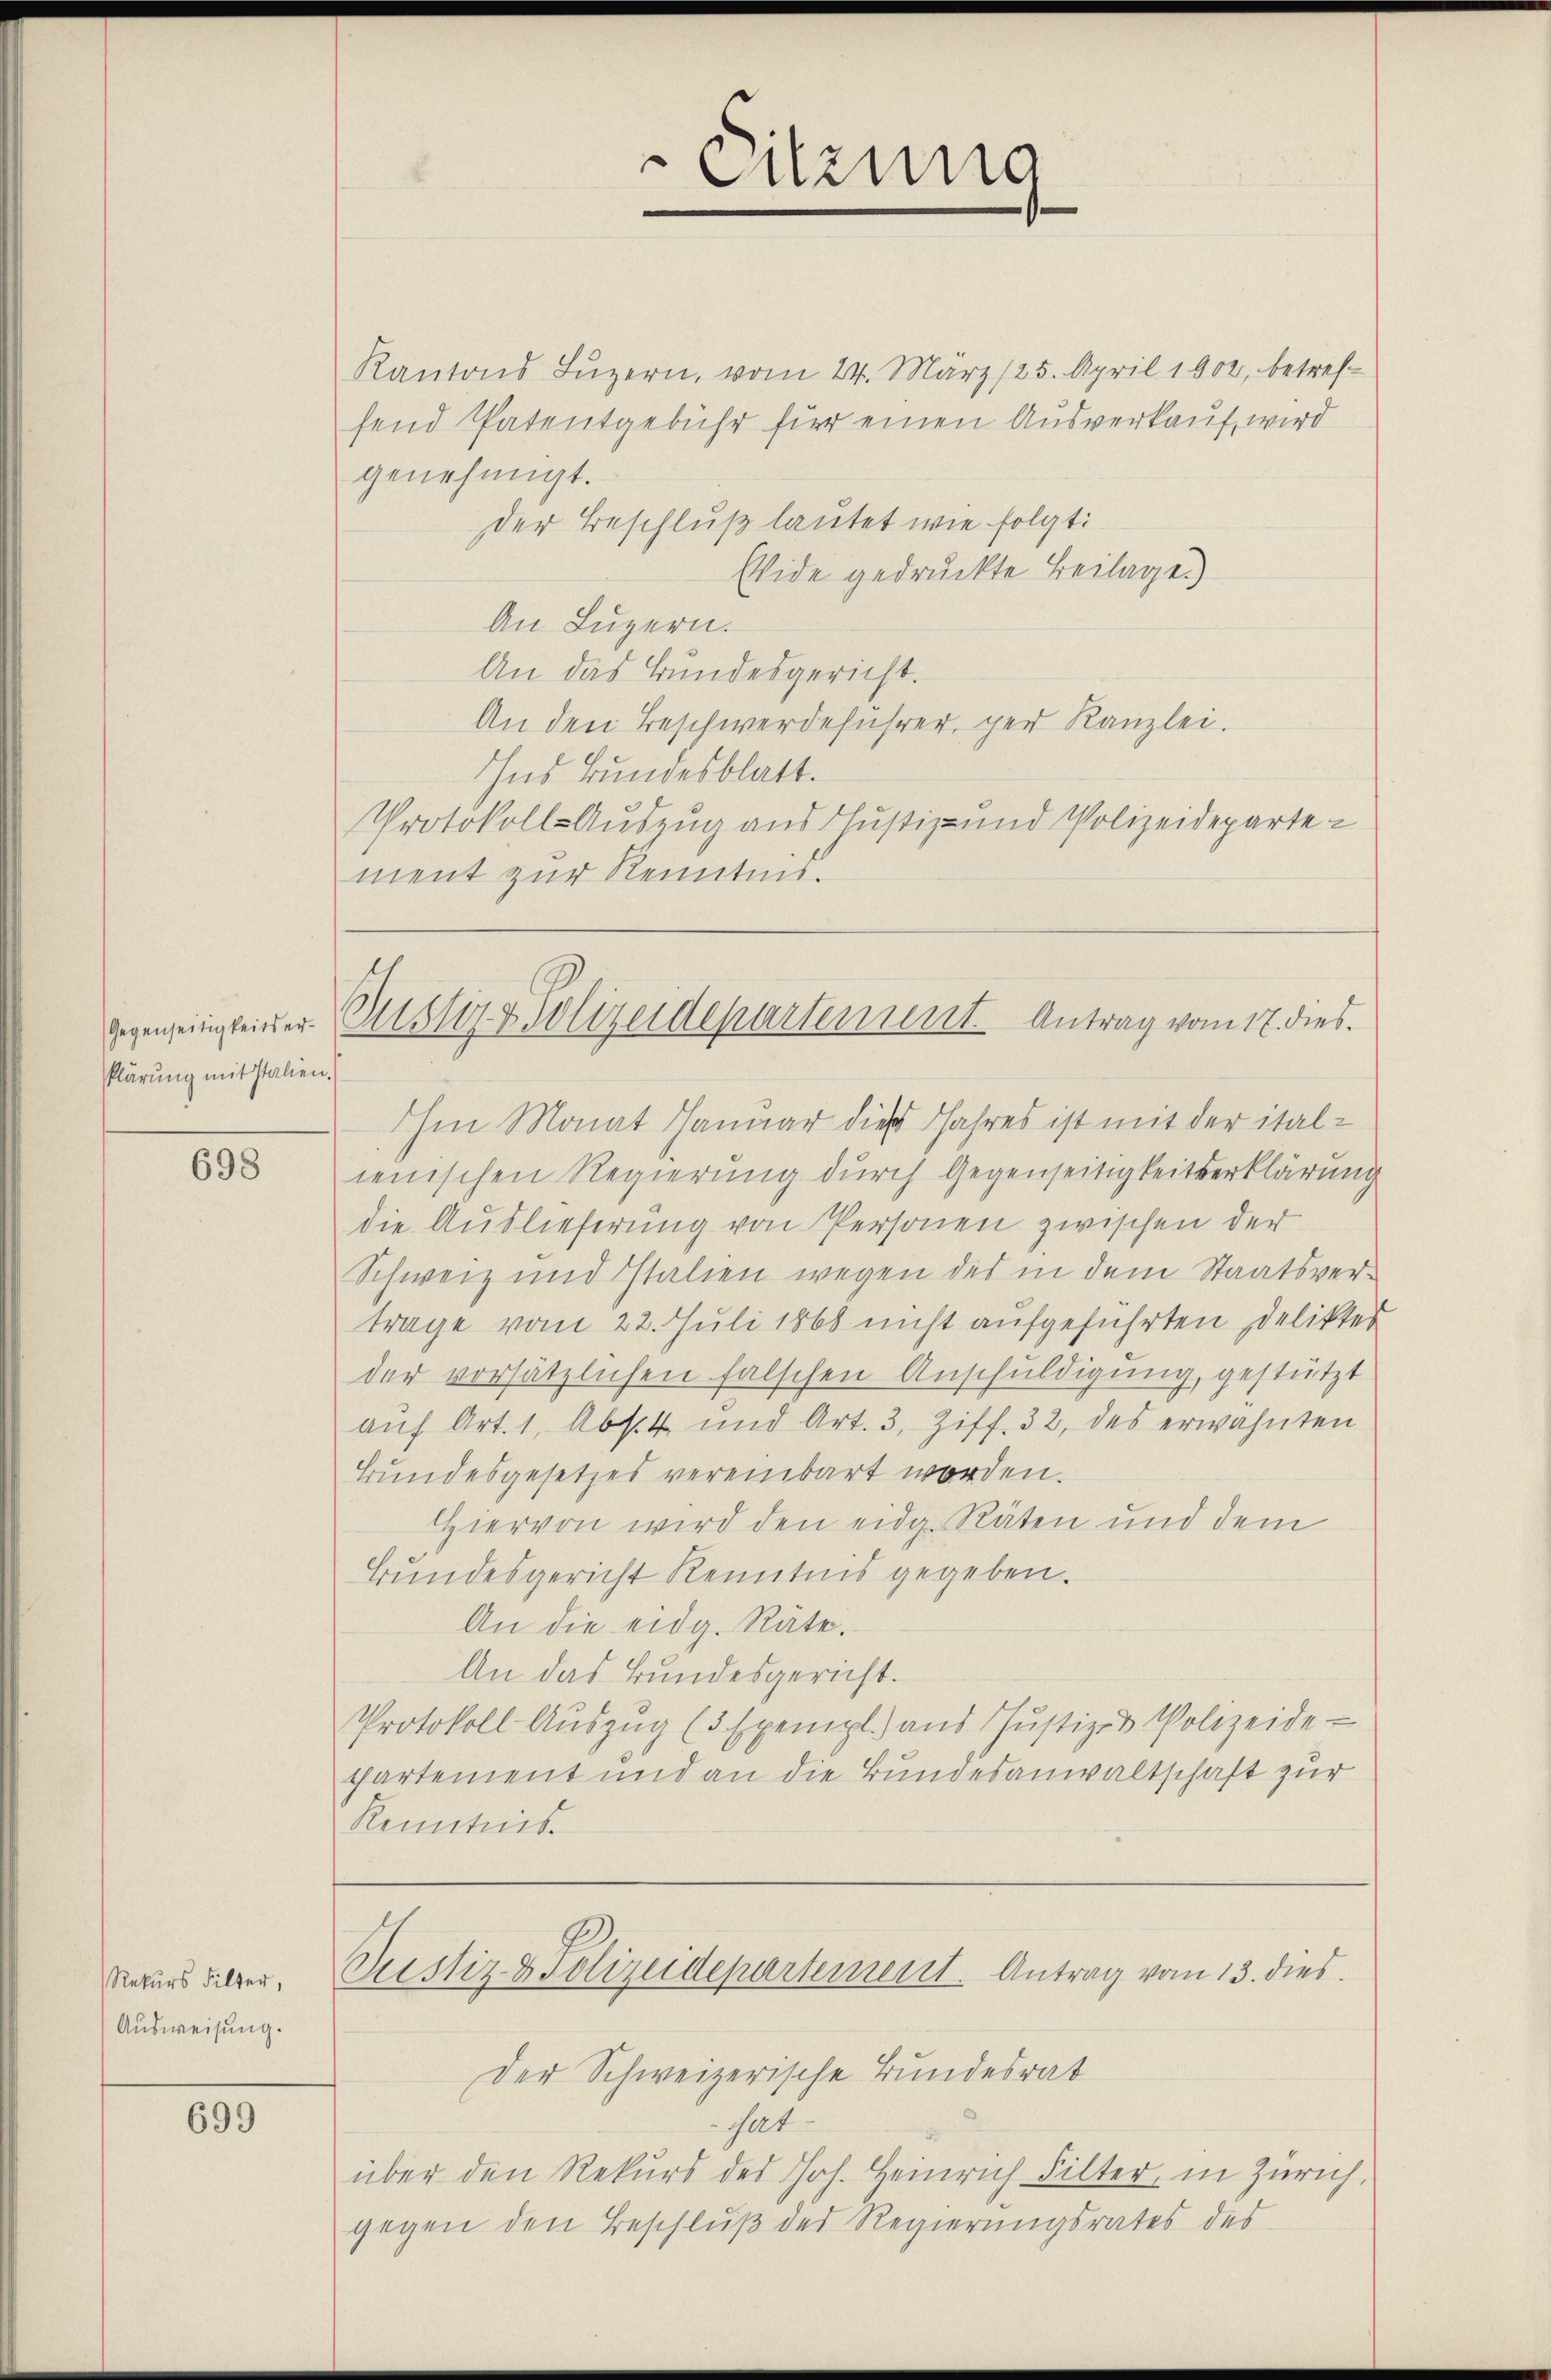
698

Rekurs Filter,
Ausweisung.

699

klärung mit Italien.

Citzung

Kantons Luzern, vom 24. März 125. April 1902, betreffend Patentgebühr für einen Ausverkauf, wird
genehmigt.
Der Beschluß lautet wie folgt:
Eide gedruckte Beilage.)
An Luzern.
An das Bundesgericht.
An den Beschwerdeführer, per Kanzlei.
Ins Bundesblatt.
Protokolls-Auszug aus Justiz- und Polizeidepartement zur Kenntnis.

hm Monat Januar dies Jahres ist mit der italienischen Regierung durch Gegenseitigkeitserklärung
die Auslieferung von Personen zwischen der
Schweiz und Italien wegen des in dem Staatsvertrage vom 22. Juli 1868 nicht aufgeführten Deliktes
der vorsätzlichen falschen Anschuldigung, gestützt
auf Art. 1, Absetz und Art. 3, Ziff. 32, des erwähnten
Bundesgesetzes vereinbart worden.
Hiervon wird den eidg. Räten und dem
Bundesgericht Kenntnis gegeben.
An die eidg. Räte.
An das Bundesgericht.
Protokoll Aŭszŭg (3 Exempl. aŭs Jŭstiz- & Polizeide
chartement und an die Bundesanwaltschaft zur
Kenntnis.

gegenseitigkeiter Justiz & Polizeidepartement Antrag vom 17. dies.

Justiz- & Polizeidepartement. Antrag vom 13. dies

Der Schweizerische Bundesrat
sat
über den Rekurs des Joh. Heinrich Filter, in Zürich,
gegen den Beschluß des Regierungsrates des